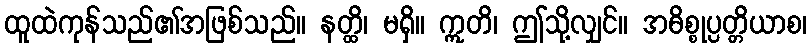
ထူထဲကုန်သည်၏အဖြစ်သည်။ နတ္ထိ၊ မရှိ။ ဣတိ၊ ဤသို့လျှင်။ အဓိစ္စုပ္ပတ္တိယာစ၊